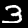
Digit: 3